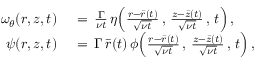
\begin{array} { r l } { \omega _ { \theta } ( r , z , t ) \, } & { { } = \, \frac { \Gamma } { \nu t } \, \eta \Bigl ( \frac { r - \bar { r } ( t ) } { \sqrt { \nu t } } \, , \, \frac { z - \bar { z } ( t ) } { \sqrt { \nu t } } \, , \, t \Bigr ) \, , } \\ { \psi ( r , z , t ) \, } & { { } = \, \Gamma \, \bar { r } ( t ) \, \phi \Bigl ( \frac { r - \bar { r } ( t ) } { \sqrt { \nu t } } \, , \, \frac { z - \bar { z } ( t ) } { \sqrt { \nu t } } \, , \, t \Bigr ) \, , } \end{array}